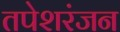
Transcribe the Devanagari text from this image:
तपेशरंजन